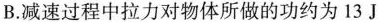
B.减速过程中拉力对物体所做的功约为13J